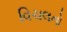
વિચલનો